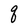
Character: q